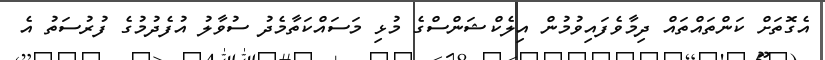
އެގޮތަށް ކަންތައްތައް ދިމާވެފައިވުމުން އިލެކްޝަންސްގެ މުޅި މަސައްކަތާމެދު ސުވާލު އުފެދުމުގެ ފުރުސަތު އެ